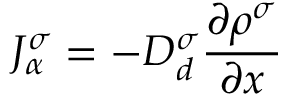
J _ { \alpha } ^ { \sigma } = - D _ { d } ^ { \sigma } \frac { \partial \rho ^ { \sigma } } { \partial x }